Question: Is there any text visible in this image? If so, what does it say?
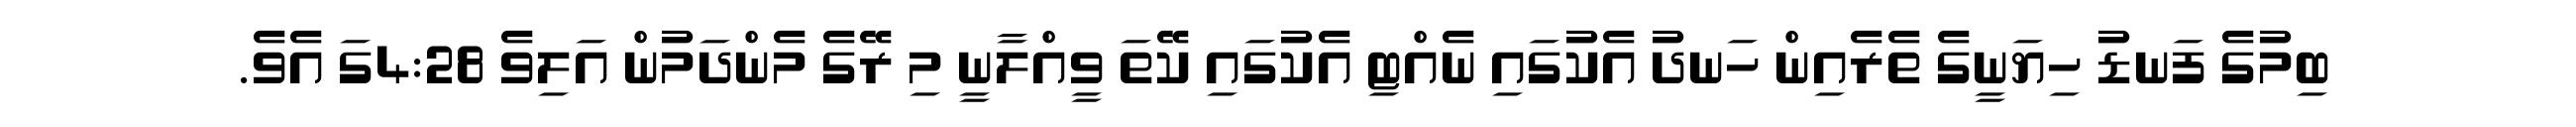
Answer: ބިމުގެ ފަނޑު ހިޔަނީގެ ތެރެއިން ހަނދު އެކުގައި ނެއްޓި އެކުގައި ކޭތަ ވީއްލާނީ މި ރޭގެ މެންދަމުން އަލިވެ 4:28ގަ އެވެ.